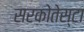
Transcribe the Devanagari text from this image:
सरकोतेस्टा